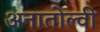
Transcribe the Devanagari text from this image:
अनातोल्वी